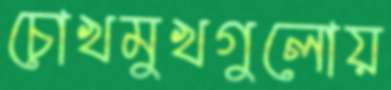
চোখমুখগুলোয়